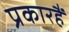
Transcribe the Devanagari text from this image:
प्रकारहैं